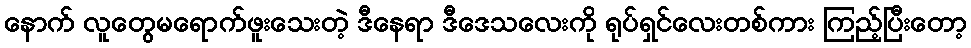
နောက် လူတွေမရောက်ဖူးသေးတဲ့ ဒီနေရာ ဒီဒေသလေးကို ရုပ်ရှင်လေးတစ်ကား ကြည့်ပြီးတော့